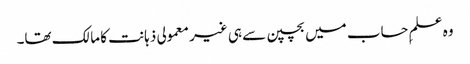
وہ علمِ حساب میں بچپن سے ہی غیر معمولی ذہانت کا مالک تھا۔